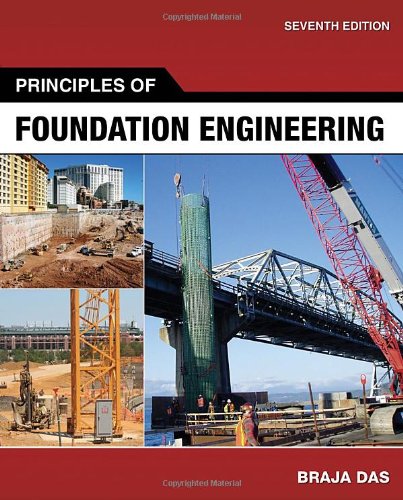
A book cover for Principles of Foundation Engineering; Braja M. Das; Computers & Technology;